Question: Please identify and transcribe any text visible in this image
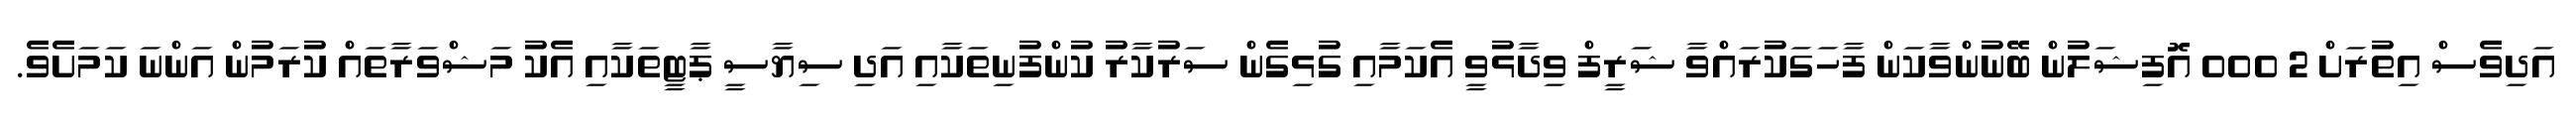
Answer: އަދިވެސް އިތުރަށް 2 000 އޮފިޝަލުން ބޭނުންވާކަން ފާހަގަކުރައްވާ ޝަރީފް ވިދާޅުވީ އެކަމާއި ގުޅިގެން ސަރުކާރު ކުންފުނިތަކާއި އަދި ސިޔާސީ ޕާޓީތަކާއި އެކު މަޝްވަރާތައް ކުރަމުން އަންނަ ކަމަށެވެ.